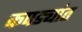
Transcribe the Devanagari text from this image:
कपड्यांत